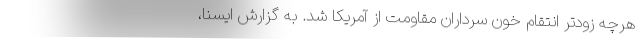
هرچه زودتر انتقام خون سرداران مقاومت از آمریکا شد. به گزارش ایسنا،